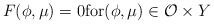
LaTeX: \begin{align*}F(\phi, \mu)=0 \mbox{for}(\phi, \mu)\in \mathcal{O} \times Y\end{align*}